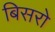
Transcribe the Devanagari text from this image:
बिसरो